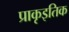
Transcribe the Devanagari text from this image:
प्राकृइतिक